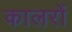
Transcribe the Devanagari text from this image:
कालरों